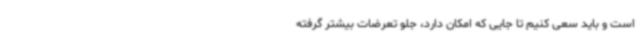
است و باید سعی کنیم تا جایی که امکان دارد، جلو تعرضات بیشتر گرفته‌